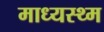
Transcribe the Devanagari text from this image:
माध्यस्थ्म